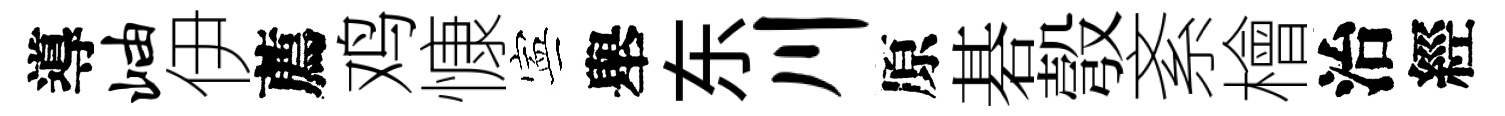
導岫伊薦鸡慷寕舉东川原碁彀紊檜治經